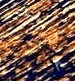
محاولتك